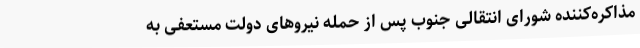
مذاکره‌کننده شورای انتقالی جنوب پس از حمله نیروهای دولت مستعفی به